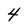
Character: 4